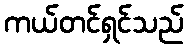
ကယ်တင်ရှင်သည်